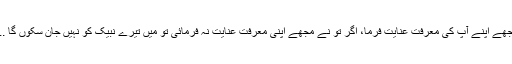
مجھے اپنے آپ کی معرفت عنایت فرما، اگر تو نے مجھے اپنی معرفت عنایت نہ فرمائی تو میں تیرے نبیک کو نہیں جان سکوں گا ...۔